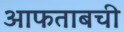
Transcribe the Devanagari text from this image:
आफताबची